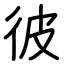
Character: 彼